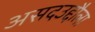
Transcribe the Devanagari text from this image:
असदउद्दौला